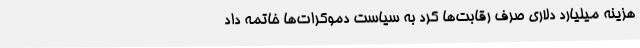
هزینه میلیارد دلاری صرف رقابت‌ها کرد به سیاست دموکرات‌ها خاتمه داد